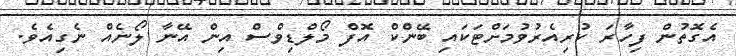
އެގޮތުން ފިހާރަ ކުރިއެރުވުމަށްޓަކައި ބޭންކް އޮފް މޯލްޑިވްސް އިން އޭނާ ލޯނެއް ނެގިއެވެ.